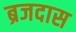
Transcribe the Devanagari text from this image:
ब्रजदास